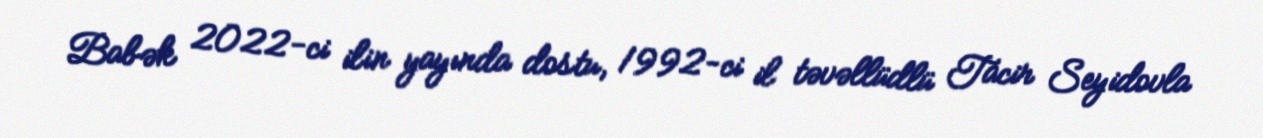
Babək 2022-ci ilin yayında dostu, 1992-ci il təvəllüdlü Tacir Seyidovla